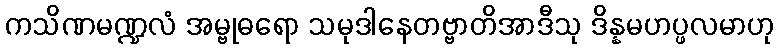
ကသိဏမဏ္ဍလံ အမ္ဗုဓရော သမုဒါနေတဗ္ဗာတိအာဒီသု ဒိန္နမဟပ္ဖလမာဟု